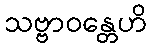
သဗ္ဗာဝန္တေဟိ